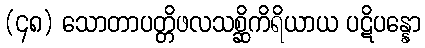
(၄၈) သောတာပတ္တိဖလသစ္ဆိကိရိယာယ ပဋိပန္နော